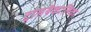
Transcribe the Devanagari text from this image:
ट्रांसबैकालिका